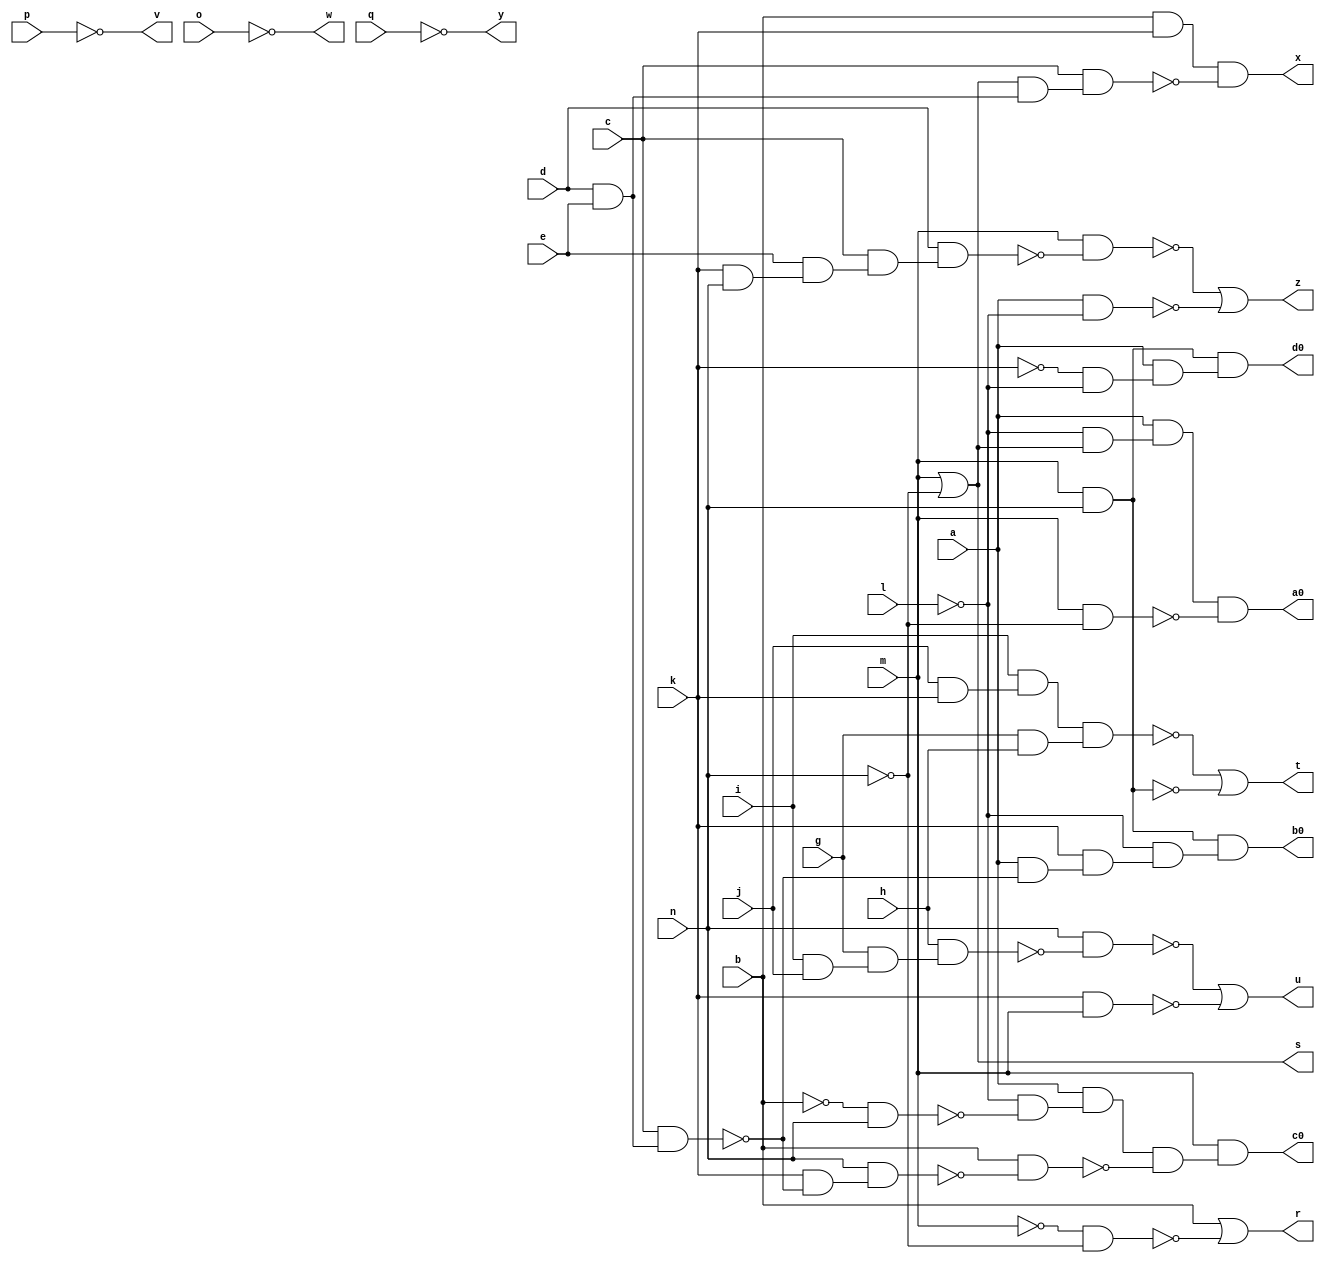
module pm1 ( 
    a, b, c, d, e, g, h, i, j, k, l, m, n, o, p, q,
    r, s, t, u, v, w, x, y, z, a0, b0, c0, d0  );
  input  a, b, c, d, e, g, h, i, j, k, l, m, n, o, p, q;
  output r, s, t, u, v, w, x, y, z, a0, b0, c0, d0;
  wire new_n30_, new_n33_, new_n34_, new_n35_, new_n36_, new_n37_, new_n39_,
    new_n40_, new_n41_, new_n42_, new_n43_, new_n45_, new_n46_, new_n47_,
    new_n48_, new_n50_, new_n51_, new_n52_, new_n53_, new_n54_, new_n55_,
    new_n57_, new_n58_, new_n59_, new_n61_, new_n62_, new_n63_, new_n64_,
    new_n66_, new_n67_, new_n68_, new_n69_, new_n70_, new_n71_, new_n72_,
    new_n74_, new_n75_;
  assign new_n30_ = ~m & ~n;
  assign r = b | ~new_n30_;
  assign s = m | ~n;
  assign new_n33_ = j & k;
  assign new_n34_ = i & new_n33_;
  assign new_n35_ = g & h;
  assign new_n36_ = new_n34_ & new_n35_;
  assign new_n37_ = m & n;
  assign t = ~new_n36_ | ~new_n37_;
  assign new_n39_ = i & j;
  assign new_n40_ = g & new_n39_;
  assign new_n41_ = h & new_n40_;
  assign new_n42_ = n & ~new_n41_;
  assign new_n43_ = k & m;
  assign u = ~new_n42_ | ~new_n43_;
  assign new_n45_ = d & e;
  assign new_n46_ = b & k;
  assign new_n47_ = s & new_n45_;
  assign new_n48_ = c & new_n47_;
  assign x = new_n46_ & ~new_n48_;
  assign new_n50_ = k & n;
  assign new_n51_ = e & new_n50_;
  assign new_n52_ = c & new_n51_;
  assign new_n53_ = d & new_n52_;
  assign new_n54_ = m & ~new_n53_;
  assign new_n55_ = a & ~l;
  assign z = ~new_n54_ | ~new_n55_;
  assign new_n57_ = ~l & s;
  assign new_n58_ = a & new_n57_;
  assign new_n59_ = m & ~n;
  assign a0 = new_n58_ & ~new_n59_;
  assign new_n61_ = c & new_n45_;
  assign new_n62_ = a & ~new_n61_;
  assign new_n63_ = k & new_n62_;
  assign new_n64_ = ~l & new_n63_;
  assign b0 = new_n37_ & new_n64_;
  assign new_n66_ = k & ~new_n61_;
  assign new_n67_ = n & new_n66_;
  assign new_n68_ = ~b & n;
  assign new_n69_ = ~l & ~new_n68_;
  assign new_n70_ = a & new_n69_;
  assign new_n71_ = b & ~new_n67_;
  assign new_n72_ = new_n70_ & ~new_n71_;
  assign c0 = m & new_n72_;
  assign new_n74_ = ~k & ~l;
  assign new_n75_ = a & new_n74_;
  assign d0 = new_n37_ & new_n75_;
  assign v = ~p;
  assign w = ~o;
  assign y = ~q;
endmodule